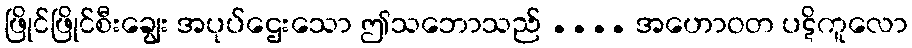
ဖြိုင်ဖြိုင်စီးချွေး အပုပ်ဌေးသော ဤသဘောသည် .... အဟောဝတ ပဋိကူလော